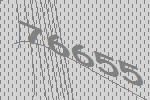
76655